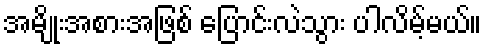
အမျိုးအစားအဖြစ် ပြောင်းလဲသွား ပါလိမ့်မယ်။